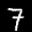
Label: 7